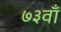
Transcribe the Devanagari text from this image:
७३वाँ